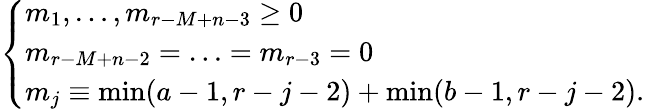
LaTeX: \left\{ \begin{array}{l}{{m_{1},\ldots,m_{r-M+n-3}\geq 0}}\\ {{m_{r-M+n-2}=\ldots=m_{r-3}=0}}\\ {{m_{j}\equiv\operatorname*{min}(a-1,r-j-2)+\operatorname*{min}(b-1,r-j-2).}}\end{array}\right.